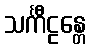
သင်္ကီဠန္တေ